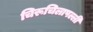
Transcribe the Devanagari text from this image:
चिरूचिलापल्ली